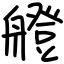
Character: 艠